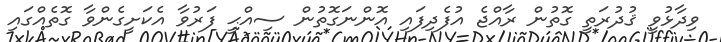
ވިދާޅުވީ ޤުދުރަތީ ގޮތުން ރާއްޖެ އުފެދިފައި އޮންނަގޮތުން ސިއްޙީ ފަރުވާ އެކަށީގެންވާ ގޮތެއްގައި